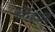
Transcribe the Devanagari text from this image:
जोडग्रह